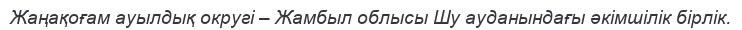
Жаңақоғам ауылдық округі – Жамбыл облысы Шу ауданындағы әкімшілік бірлік.